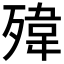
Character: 𱥓